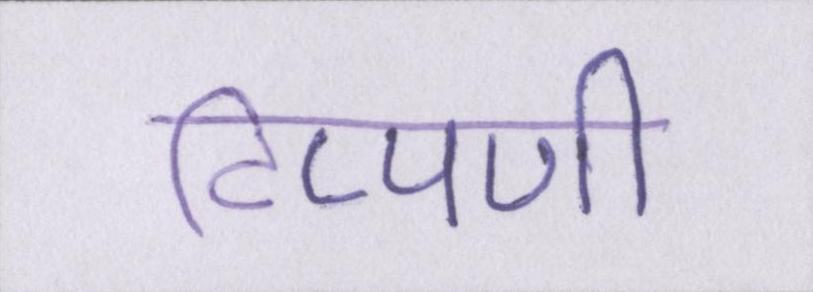
टिप्पणी